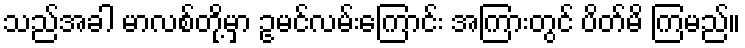
သည်အခါ မာလစ်တို့မှာ ဥမင်လမ်းကြောင်း အကြားတွင် ပိတ်မိ ကြမည်။